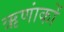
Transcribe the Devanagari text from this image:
ऋणांकों